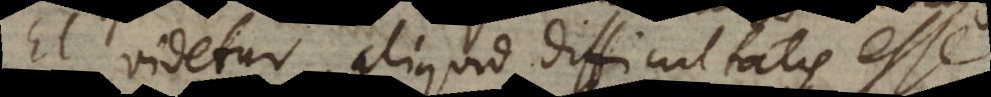
Et videtur aliquid difficultatis esse